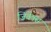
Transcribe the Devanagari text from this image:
ज़िवेक्स